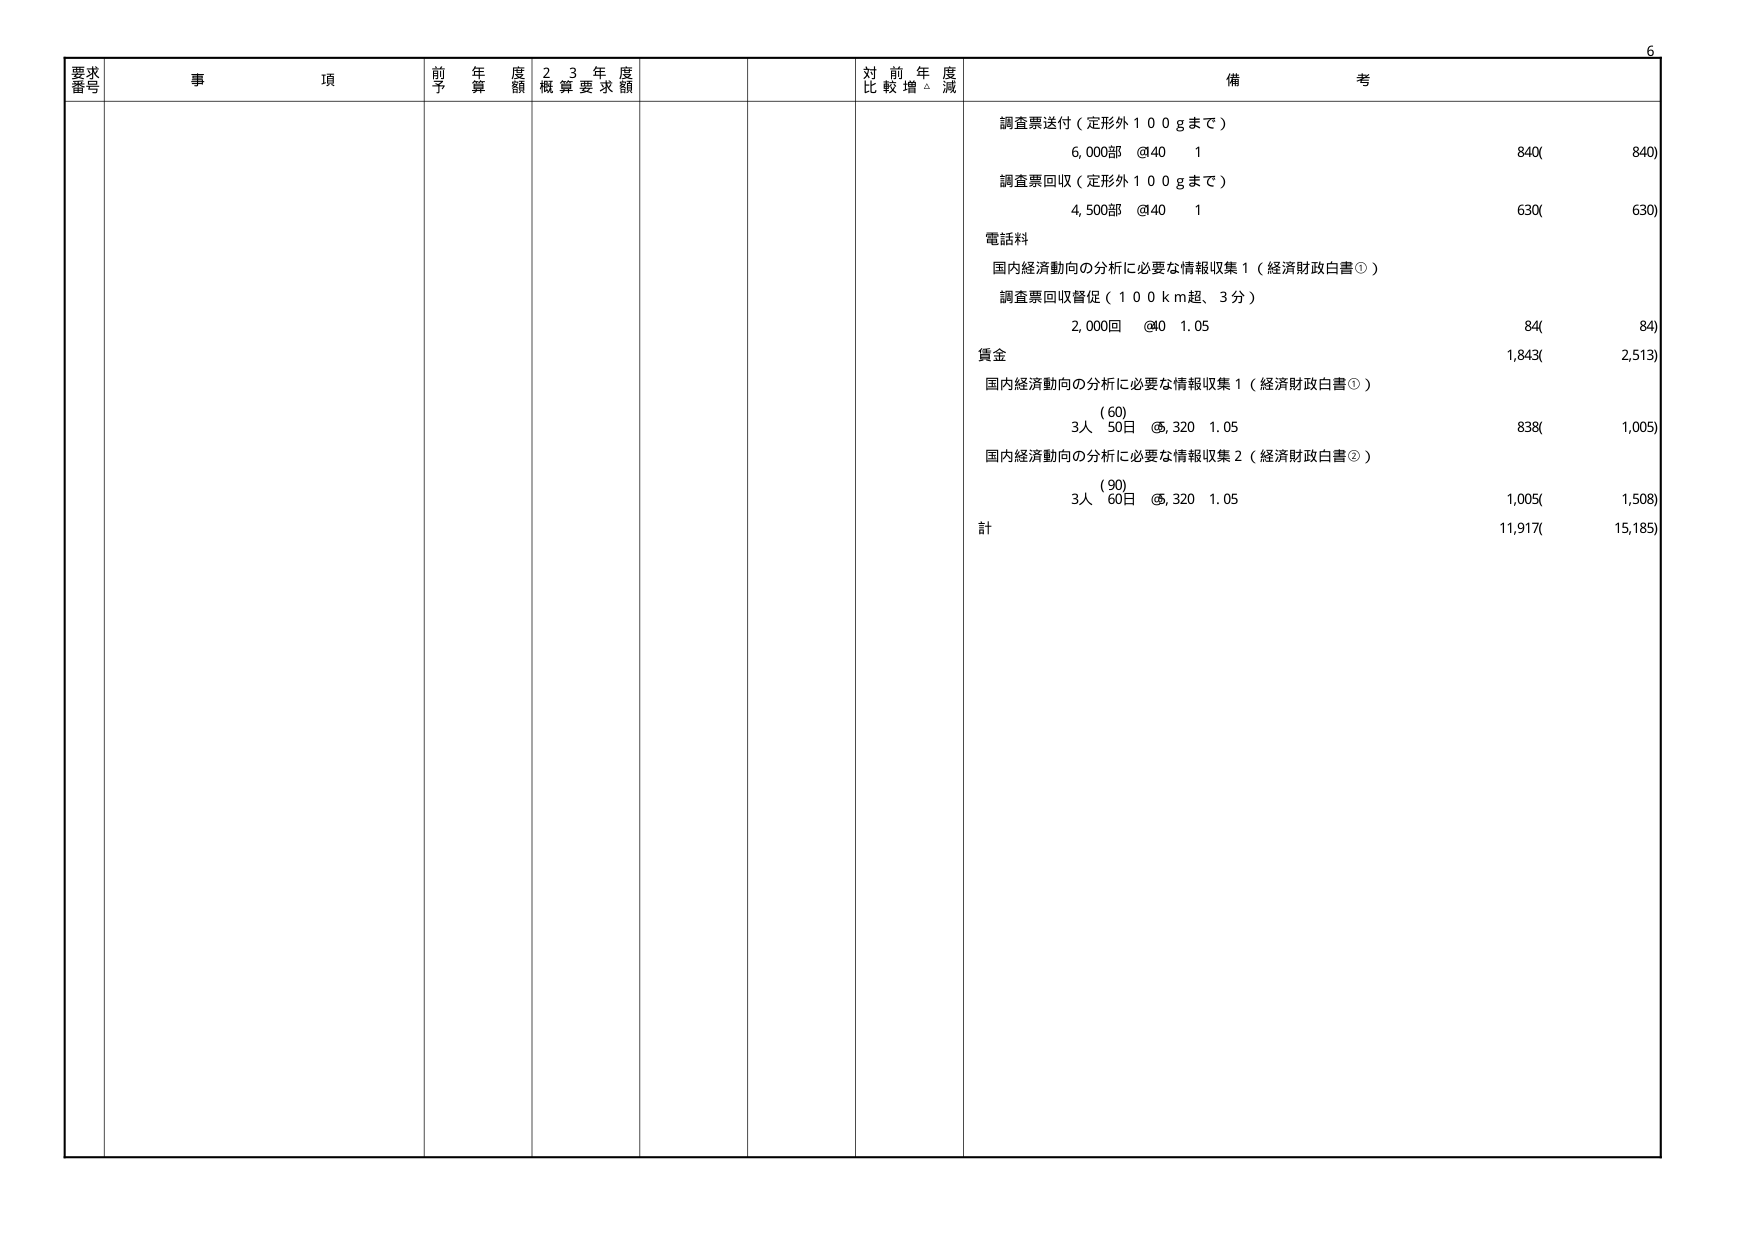
6
要求
番号
事 項
前 年 度 額
2 3 年 度
概 算 要 求 額
対 前 年 度
比 較 増 △ 減
備 考
調査票送付（定形外１００ｇまで）
6,000部 @40 1 840( 840)
調査票回収（定形外１００ｇまで）
4,500部 @40 1 630( 630)
電話料
国内経済動向の分析に必要な情報収集１（経済財政白書①）
調査票回収督促（１００ｋｍ超、３分）
2,000回 @40 1.05 84( 84)
賃金
1,843( 2,513)
国内経済動向の分析に必要な情報収集１（経済財政白書①）
(60)
3人 50日 @320 1.05 838( 1,005)
国内経済動向の分析に必要な情報収集２（経済財政白書②）
(90)
3人 60日 @320 1.05 1,005( 1,508)
計 11,917( 15,185)